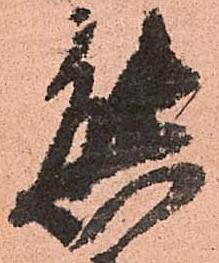
態